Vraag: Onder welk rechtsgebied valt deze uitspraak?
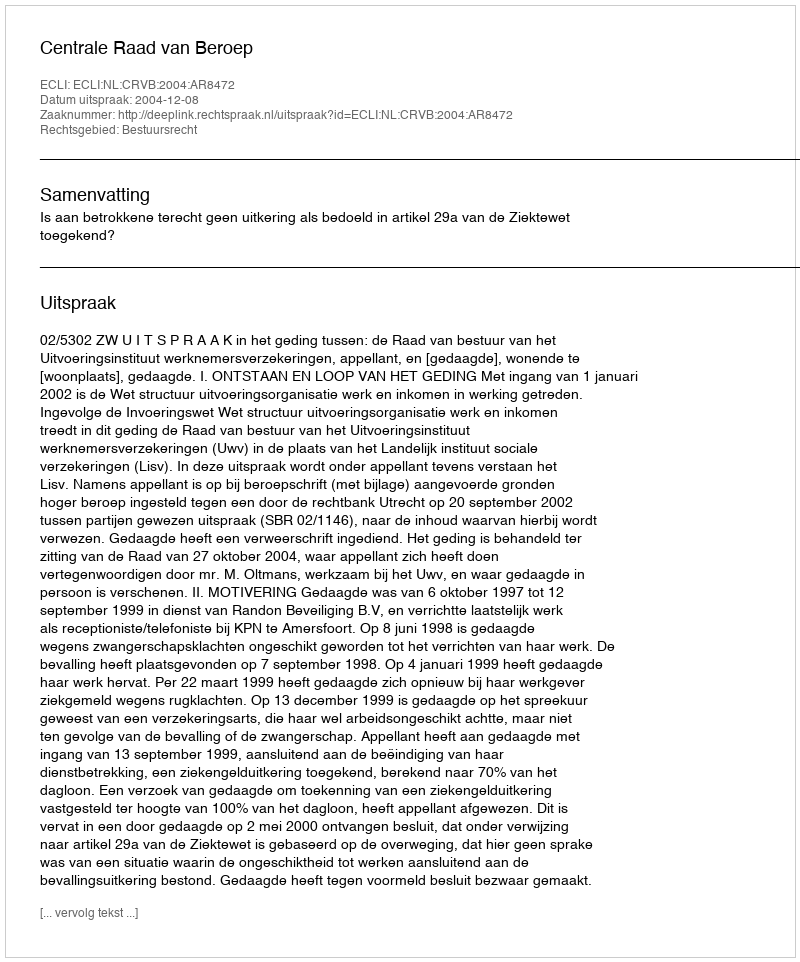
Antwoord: Bestuursrecht